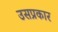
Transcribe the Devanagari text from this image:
उसप्रकार